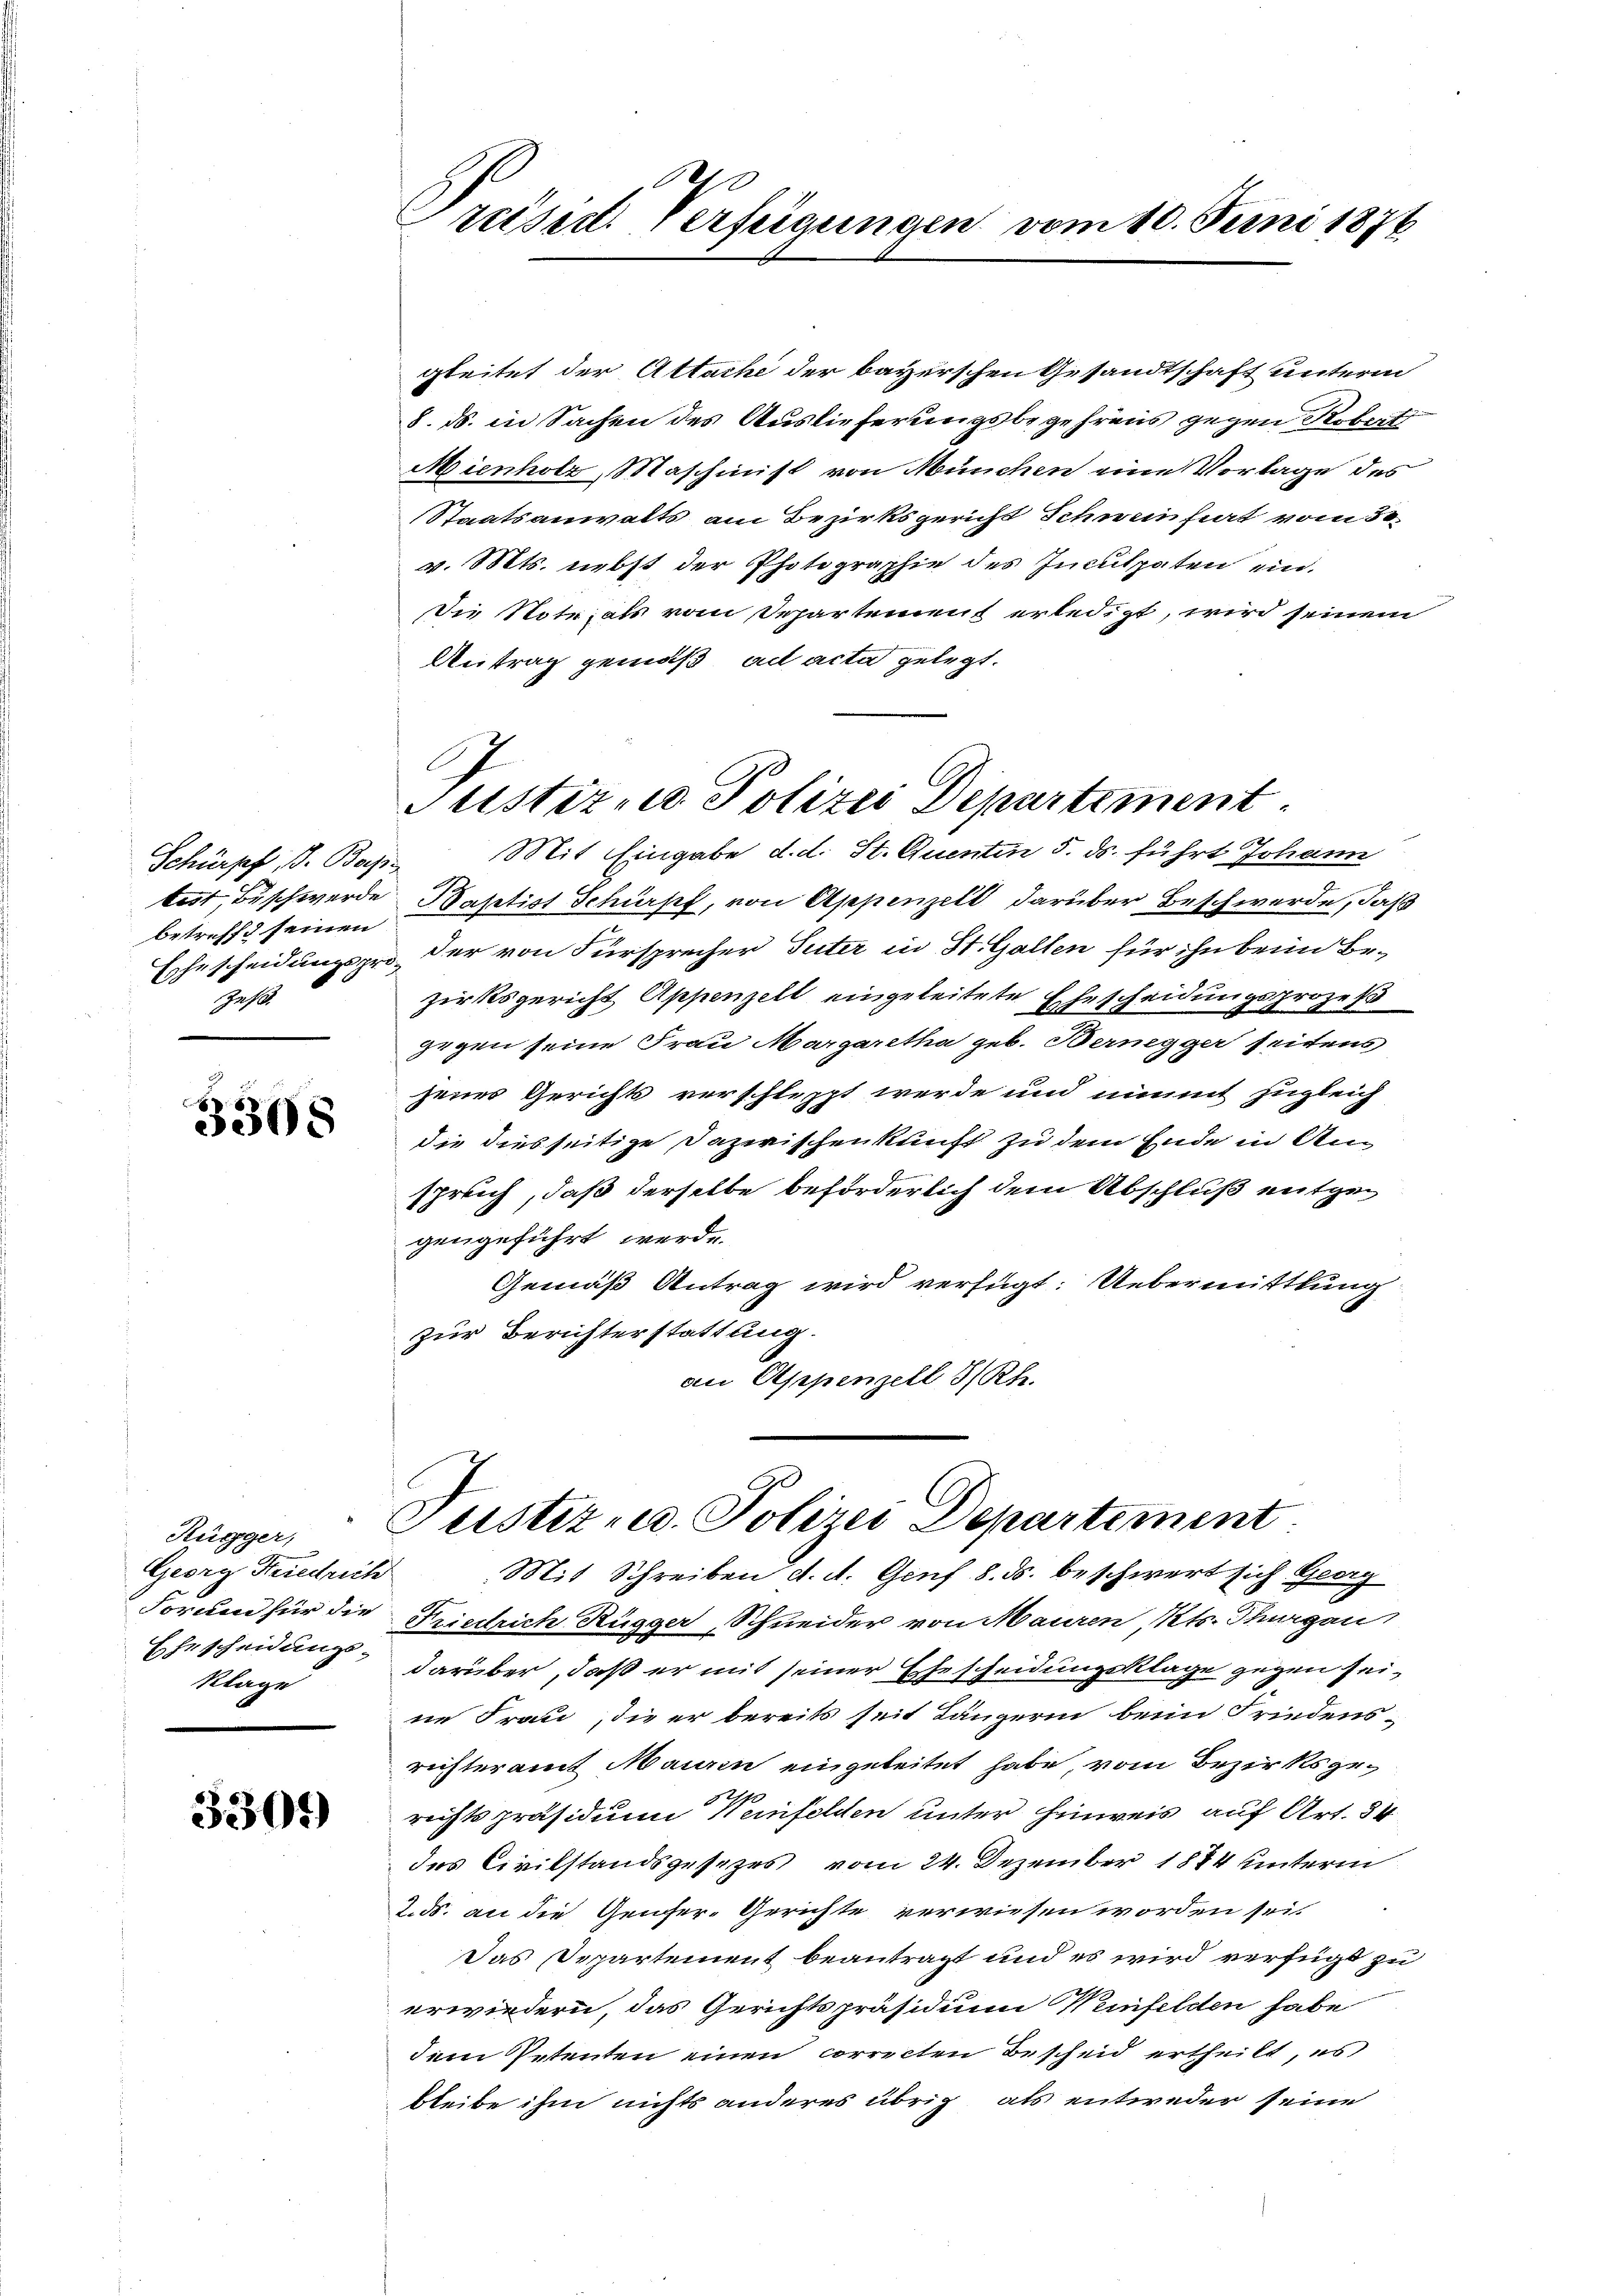
Schürpf B. Basis
betreff seinen
Gesel

3308

Rügger,
Georg Friedrich
Klage

3301)

Präsid. Verfügungen vom 10. Juni 1876.

gleitet der Attache der bayerschen Gesandtschaft unterm
8. ds. in Sachen des Auslieferungsbegehrens gegen Robert
Mienholz, Maschinist von München eine Vorlage des
Staatsanwalts am Bezirksgericht Schweinhiert vom 30.
v. Mts. nebst der Photographie des Inculpaten ein.
Die Note als vom Separtement erledigt, wird seinem
Antrag gemäß ad acta gelegt.
Mit Eingabe d. d. St. Quentin 5. ds. führt Johann
beit, Beschwerde Baptist Schürpf, von Appenzell darüber Beschwerde, daß
Ehescheidungspro, der von Fürsprecher Suter in St. Gallen für ihn beim Bezirksgericht Appenzell eingeleitete Ehescheidungsprozeß
gegen seine Frau Margaretha geb. Bernegger seitens
jenes Gerichts verschleppt werde und nimmt zugleich
die diesseitige Dazwischenkunft zu dem Ende in Ansprich, daß derselbe beförderlich dem Abschluß entgegengeführt werde.
Gemäß Antrag wird verfügt: Uebermittlung
zur Berichterstattung.
an Appenzell I/Rh.

Justiz- u Polizei Departement

Justiz u. Polizei Departement

Mit Schreiben d. d. Genf 8. ds. beschwert sich Georg
Formen für die Friedrich Rügger, Schneider von Mauren, Kts. Thurgau,
Ehescheidung, darüber, daß er mit seiner Ehescheidungsklage gegen seine Frau, die er bereits seit Längerin beim Friedens-
richteramt Maurin eingeleitet habe, vom Bezirksgerechtspräsidium Weinfelden unter hinweis auf Art. 34
des Civilstandsgesezes vom 24. Dezember 1884 unterm
2. ds. an die Genfer-Gerichte verwiesen worden sei.
Das Departement beantragt und es wird verfügt zu
erwiedern, das Gerichtspräsidium Weinfelden habe
dem Petenten einen correcten Bescheid ertheilt, es
bleibe ihm nichts anderes übrig als entweder seine